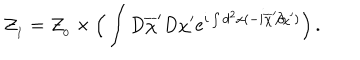
LaTeX: { \cal Z } _ { _ I } = { \cal Z } _ { _ 0 } \times \Big ( \int D \overline { { { \chi } } } ^ { \prime } D \chi ^ { \prime } e ^ { i \int d ^ { 2 } x ( - i \overline { { { \chi } } } ^ { \prime } \partial \! \! \! / \chi ^ { \prime } ) } \Big ) \, .